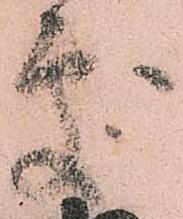
處